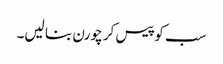
سب کو پیس کر چورن بنا لیں۔